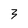
Character: 3